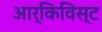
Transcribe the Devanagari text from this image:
आर्किविस्ट